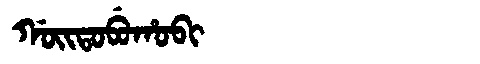
Manchu: ᡤᠣᡳᡨᠣᠪᡠᡥᠣᠪᡳ
Romanization: GOITOBUHOBI